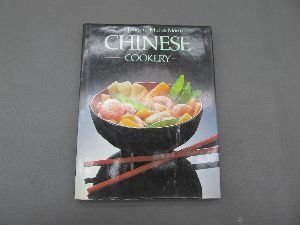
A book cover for Chinese Cookery; Rose Chieng; Cookbooks, Food & Wine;